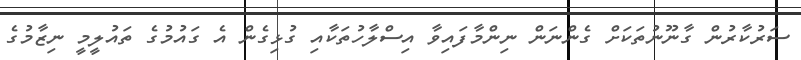
ސަރުކާރުން ގާނޫނުތަކަށް ގެންނަން ނިންމާފައިވާ އިސްލާހުތަކާއި ގުޅިގެން އެ ގައުމުގެ ތައުލީމީ ނިޒާމުގެ